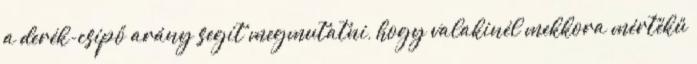
a derék-csípő arány segít megmutatni, hogy valakinél mekkora mértékű